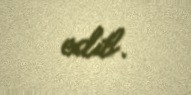
edib.